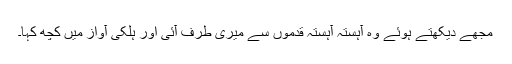
مجھے دیکھتے ہوئے وہ آہستہ آہستہ قدموں سے میری طرف آئی اور ہلکی آواز میں کچھ کہا۔